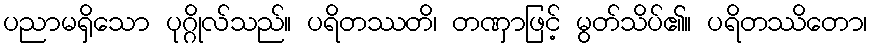
ပညာမရှိသော ပုဂ္ဂိုလ်သည်။ ပရိတဿတိ၊ တဏှာဖြင့် မွတ်သိပ်၏။ ပရိတဿိတော၊